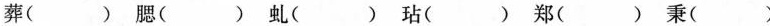
葬( ) 腮( ) 虬( ) 玷( ) 郑( ) 秉( )